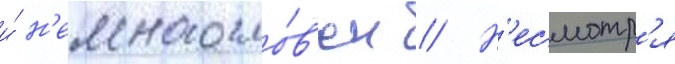
и́ н'емногосло́в'ен // Н'есмотр'я